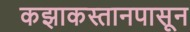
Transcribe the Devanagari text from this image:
कझाकस्तानपासून